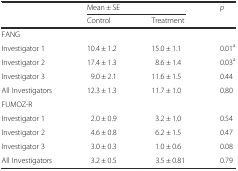
<table><thead><tr><td rowspan="2"></td><td colspan="2"><b>Mean ± SE</b></td><td rowspan="2"><b><i>p</i></b></td></tr><tr><td><b>Control</b></td><td><b>Treatment</b></td></tr></thead><tbody><tr><td>FANG</td><td></td><td></td><td></td></tr><tr><td>Investigator 1</td><td>10.4 ± 1.2</td><td>15.0 ± 1.1</td><td>0.01<sup>a</sup></td></tr><tr><td>Investigator 2</td><td>17.4 ± 1.3</td><td>8.6 ± 1.4</td><td>0.03<sup>a</sup></td></tr><tr><td>Investigator 3</td><td>9.0 ± 2.1</td><td>11.6 ± 1.5</td><td>0.44</td></tr><tr><td>All Investigators</td><td>12.3 ± 1.3</td><td>11.7 ± 1.0</td><td>0.80</td></tr><tr><td>FUMOZ-R</td><td></td><td></td><td></td></tr><tr><td>Investigator 1</td><td>2.0 ± 0.9</td><td>3.2 ± 1.0</td><td>0.54</td></tr><tr><td>Investigator 2</td><td>4.6 ± 0.8</td><td>6.2 ± 1.5</td><td>0.47</td></tr><tr><td>Investigator 3</td><td>3.0 ± 0.3</td><td>1.0 ± 0.6</td><td>0.08</td></tr><tr><td>All Investigators</td><td>3.2 ± 0.5</td><td>3.5 ± 0.81</td><td>0.79</td></tr></tbody></table>